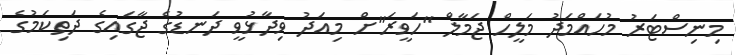
މިނިސްޓަރު މުހައްމަދު މަލީހް ޖަމާލް "ހަވީރަ"ށް މިއަދު ވިދާޅުވީ ދަނޑުގެ ޖާގައިގެ ދަތިކަމުގެ